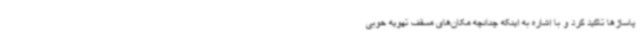
پاساژها تاکید کرد و با اشاره به اینکه چنانچه مکان‌های مسقف تهویه خوبی